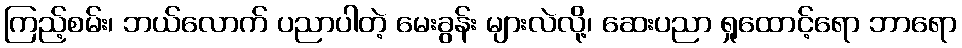
ကြည့်စမ်း၊ ဘယ်လောက် ပညာပါတဲ့ မေးခွန်း များလဲလို့၊ ဆေးပညာ ရှုထောင့်ရော ဘာရော